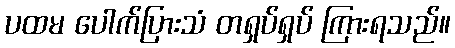
ပထမ ပေါက်ပြားသံ တရှပ်ရှပ် ကြားရသည်။